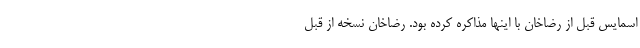
اسمایس قبل از رضاخان با اینها مذاکره کرده بود. رضاخان نسخه از قبل